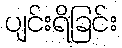
ပျင်းရိခြင်း